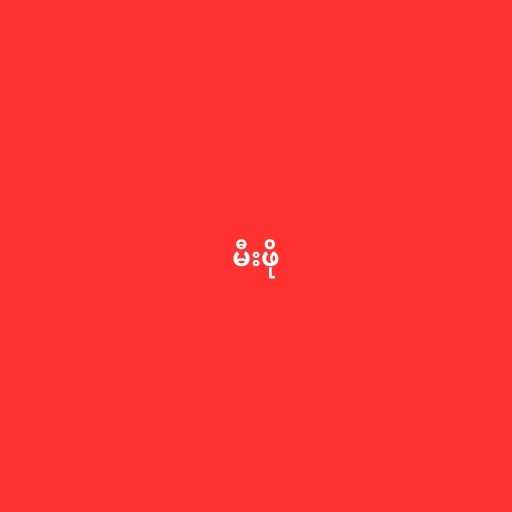
မီးဖို